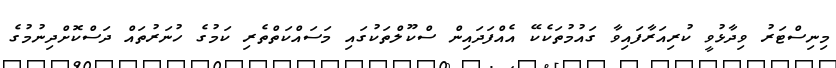
މިނިސްޓަރު ވިދާޅުވީ ކުރިއަރާފައިވާ ގައުމުތަކެކޭ އެއްފަދައިން ސްކޫލްތަކުގައި މަސައްކަތްތެރި ކަމުގެ ހުނަރުތައް ދަސްކޮށްދިނުމުގެ